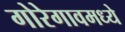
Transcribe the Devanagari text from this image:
गोरेगावमध्ये